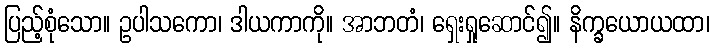
ပြည့်စုံသော။ ဥပါသကော၊ ဒါယကာကို။ အာဘတံ၊ ရှေးရှုဆောင်၍။ နိက္ခယောယထာ၊